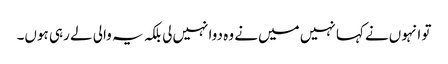
تو انہوں‌نے کہا نہیں میں‌نے وہ دوا نہیں‌لی بلکہ یہ والی لے رہی ہوں۔